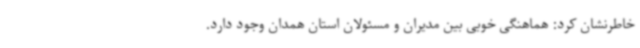
خاطرنشان کرد: هماهنگی خوبی بین مدیران و مسئولان استان همدان وجود دارد.